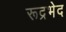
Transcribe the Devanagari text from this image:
रूद्रभेद